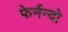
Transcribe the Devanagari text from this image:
फेर्नन्दो